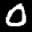
Label: 0